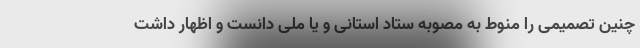
چنین تصمیمی را منوط به مصوبه ستاد استانی و یا ملی دانست و اظهار داشت